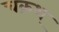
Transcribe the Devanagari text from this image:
चक्रश्